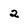
Character: 2